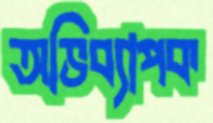
অভিব্যাপক